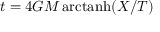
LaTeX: t = 4 G M \mathop { \mathrm { a r c t a n h } } ( X / T )